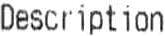
DESCRIPTION